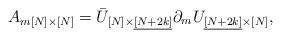
LaTeX: \begin{align*}A_{m[N]\times[N]} = \bar{U}_{[N]\times\underline{[N+2k]}}\partial_m U_{\underline{[N+2k]}\times[N]}, \end{align*}